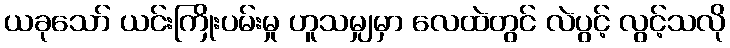
ယခုသော် ယင်းကြိုးပမ်းမှု ဟူသမျှမှာ လေထဲတွင် လဲပွင့် လွင့်သလို